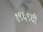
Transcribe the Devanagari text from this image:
१९६९ची